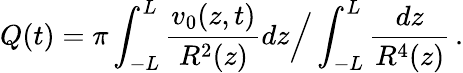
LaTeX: Q(t)=\pi\int_{-L}^{L}\frac{v_{0}(z,t)}{R^{2}(z)}dz\Big/\int_{-L}^{L}\frac{dz}{R^{4}(z)}\, .